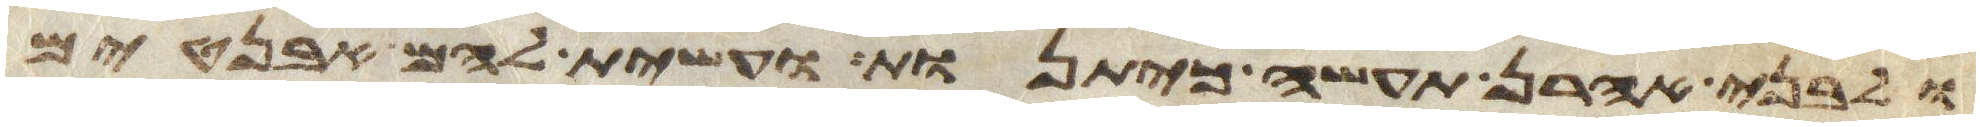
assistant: ולבני אהרן תעשה כיתנות ועשית להם אבניטים